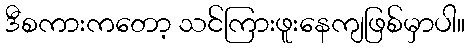
ဒီစကားကတော့ သင်ကြားဖူးနေကျဖြစ်မှာပါ။